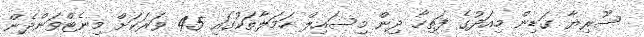
ސޫރިޔާ ގަޑިން މިއަދުގެ ފަތިހާ ދިން މިސައިލް ހަމަލާތަކުގައި 45 ވަރަކަށް މިނެޓްވަންދެން